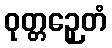
ဝုတ္တဉှေတံ